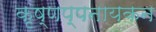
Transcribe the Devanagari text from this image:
कृष्णप्पनायकन